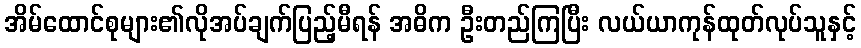
အိမ်ထောင်စုများ၏လိုအပ်ချက်ပြည့်မီရန် အဓိက ဦးတည်ကြပြီး လယ်ယာကုန်ထုတ်လုပ်သူနှင့်